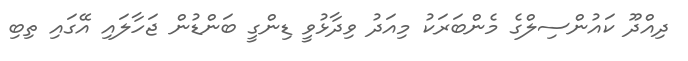
ދިއްދޫ ކައުންސިލްގެ މެންބަރަކު މިއަދު ވިދާޅުވީ ޑިންގީ ބަންޑުން ޖަހާލައި އޭގައި ތިބި